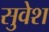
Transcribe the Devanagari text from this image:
सुवेश